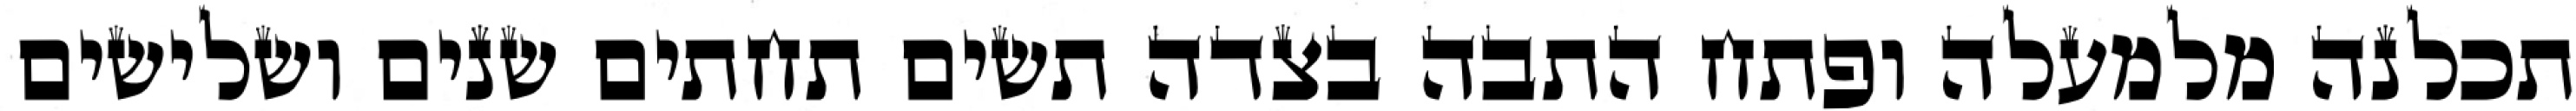
תכלנה מלמעלה ופתח התבה בצדה תשים תחתים שנים ושלישים